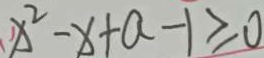
x ^ { 2 } - x + a - 1 \geq 0